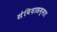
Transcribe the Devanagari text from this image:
संविदासम्मत